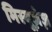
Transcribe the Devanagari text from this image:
मिस्यूज़ेज़